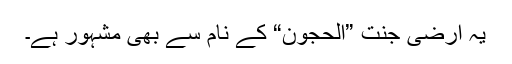
یہ ارضی جنت ”الحجون“ کے نام سے بھی مشہور ہے۔